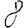
Digit: 8